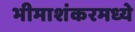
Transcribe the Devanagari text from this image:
भीमाशंकरमध्ये